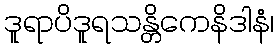
ဒူရာပိဒူရသန္တိကေနိဒါနံ၊